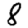
Digit: 8